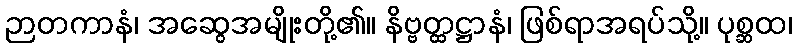
ဉာတကာနံ၊ အဆွေအမျိုးတို့၏။ နိဗ္ဗတ္ထဋ္ဌာနံ၊ ဖြစ်ရာအရပ်သို့။ ပုစ္ဆထ၊